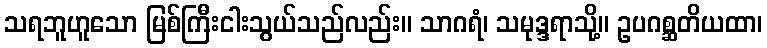
သရဘူဟူသော မြစ်ကြီးငါးသွယ်သည်လည်း။ သာဂရံ၊ သမုဒ္ဒရာသို့။ ဥပဂစ္ဆတိယထာ၊